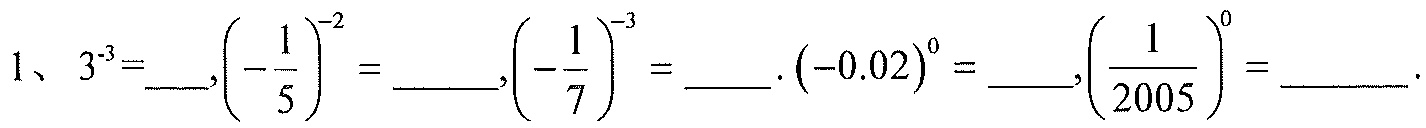
1、\(3^{-3}=\underline{\quad},\left(-\dfrac{1}{5}\right)^{-2}=\underline{\quad},\left(-\dfrac{1}{7}\right)^{-3}=\underline{\quad}.(-0.02)^{0}=\underline{\quad},\left(\dfrac{1}{2005}\right)^{0}=\underline{\quad}.\)